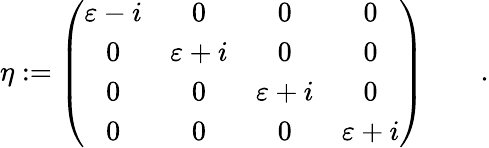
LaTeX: \eta:=\left(\begin{array}{cccc}{{\varepsilon-i}}&{{0}}&{{0}}&{{0}}\\ {{0}}&{{\varepsilon+i}}&{{0}}&{{0}}\\ {{0}}&{{0}}&{{\varepsilon+i}}&{{0}}\\ {{0}}&{{0}}&{{0}}&{{\varepsilon+i}}\end{array}\right)\qquad.